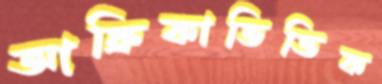
আফ্রিকাভিত্তিক